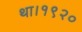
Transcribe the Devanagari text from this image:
था।१९२०